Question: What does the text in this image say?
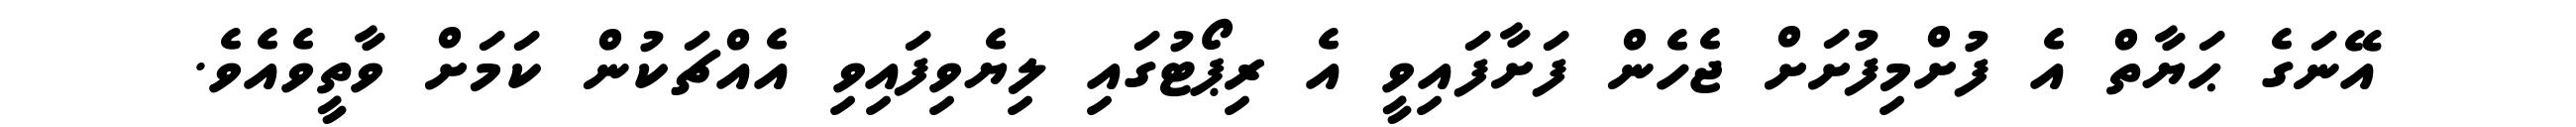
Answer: އޭނަގެ ޙަޔާތް އެ ފުށްމިފުށަށް ޖެހެން ފަށާފައިވީ އެ ރިޕޯޓުގައި ލިޔެވިފައިވި އެއްޗަކުން ކަމަށް ވާތީވެއެވެ.